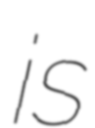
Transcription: is